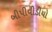
બીપીવીડીયો